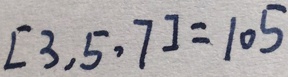
[ 3 , 5 , 7 ] = 1 0 5